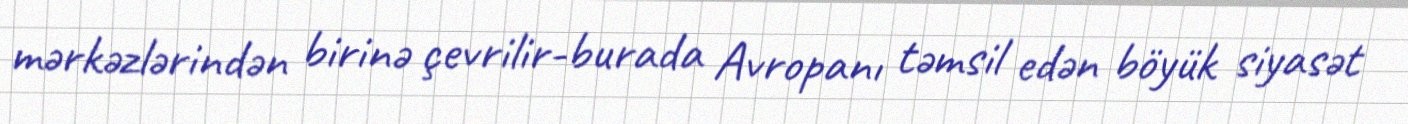
mərkəzlərindən birinə çevrilir-burada Avropanı təmsil edən böyük siyasət